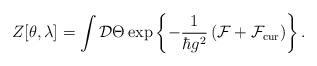
LaTeX: \begin{align*}Z[\theta,\lambda] = \int {\cal D}\Theta\exp\left\{-\frac{1}{\hbar g^2}\left({\cal F} + {\cal F}_{\rm cur}\right)\right\}.\end{align*}